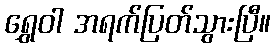
ရွှေဝါ အရက်ပြတ်သွားပြီ။